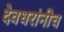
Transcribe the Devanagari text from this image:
देवधरांनीच